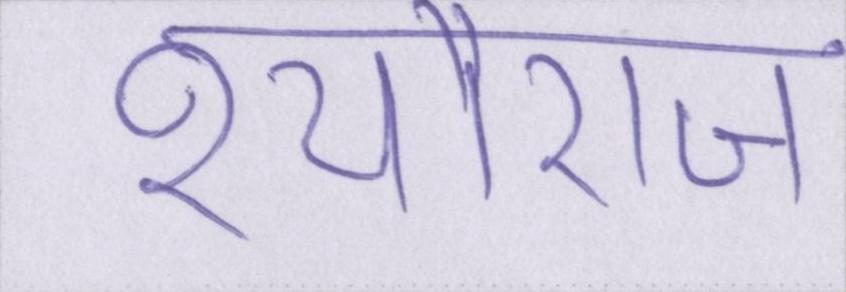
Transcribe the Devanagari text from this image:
श्यौराज